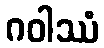
ဂဝါဿံ